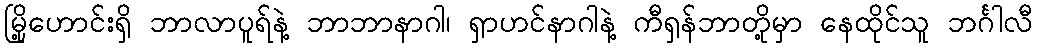
မြို့ဟောင်းရှိ ဘာလာပူရ်နဲ့ ဘာဘာနာဂါ၊ ရှာဟင်နာဂါနဲ့ ကီရှန်ဘာတို့မှာ နေထိုင်သူ ဘင်္ဂါလီ